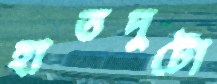
হাতদুটো